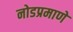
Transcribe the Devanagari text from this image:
नोडप्रमाणे